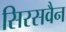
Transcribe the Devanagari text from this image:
सिरसवैन